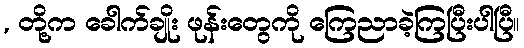
, တို့က ခေါက်ချိုး ဖုန်းတွေကို ကြေညာခဲ့ကြပြီးပါပြီ။